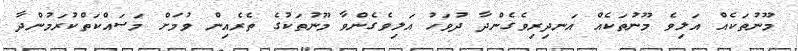
މޫނުތަކެއް އަލިވެ މޫނުތަކެއް އަނދިރިވެގެންދާ ދުވަހު އަލިވެގެންވާ މޫނުތަކުގެ ތެރެއިން ވުމަށް މަސައްކަތްކުރަމުންދާ